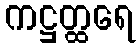
ကဋ္ဌတ္ထရေ